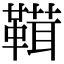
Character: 䩸